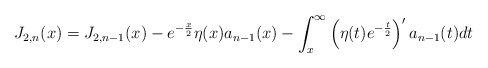
\begin{align*}J_{2,n}(x)=J_{2,n-1}(x)-e^{-\frac{x}{2}}\eta(x)a_{n-1}(x)-\int_{x}^{\infty}\left( \eta(t)e^{-\frac{t}{2}}\right) ^{\prime}a_{n-1}(t)dt\end{align*}